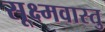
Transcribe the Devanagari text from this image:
सूक्ष्मवास्तु